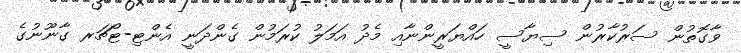
ވާގޮތުން ސަރުކާރުން ސިޔާސީ ހައްޔަރީންނާއި މެދު އަމަލު ކުރަމުން ގެންދަނީ އެންޓި-ޓޯޗަރ ގާނޫނުގެ